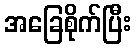
အခြေစိုက်ပြီး